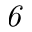
\it 6